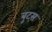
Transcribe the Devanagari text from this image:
बुट्स